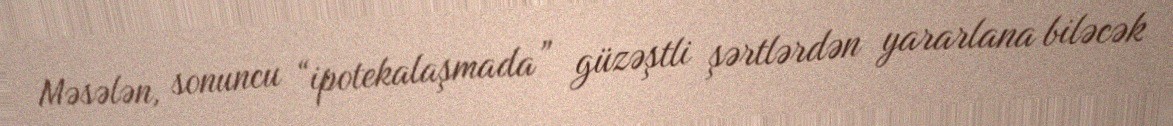
Məsələn, sonuncu “ipotekalaşmada” güzəştli şərtlərdən yararlana biləcək